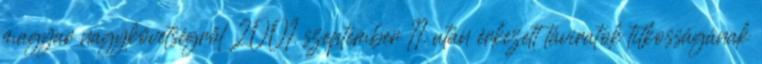
magyar nagykövetségről 2001. szeptember 11. után érkezett táviratok titkosságának